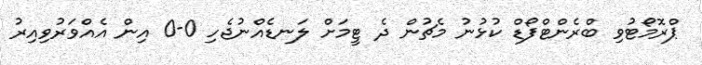
ޕްރޮމޯޓުވި ބްރެންޓްފޯޑް ކުޅުނު މެޗުން ދެ ޓީމަށް ލަނޑެއްނުޖެހި 0-0 އިން އެއްވަރުވިއިރު